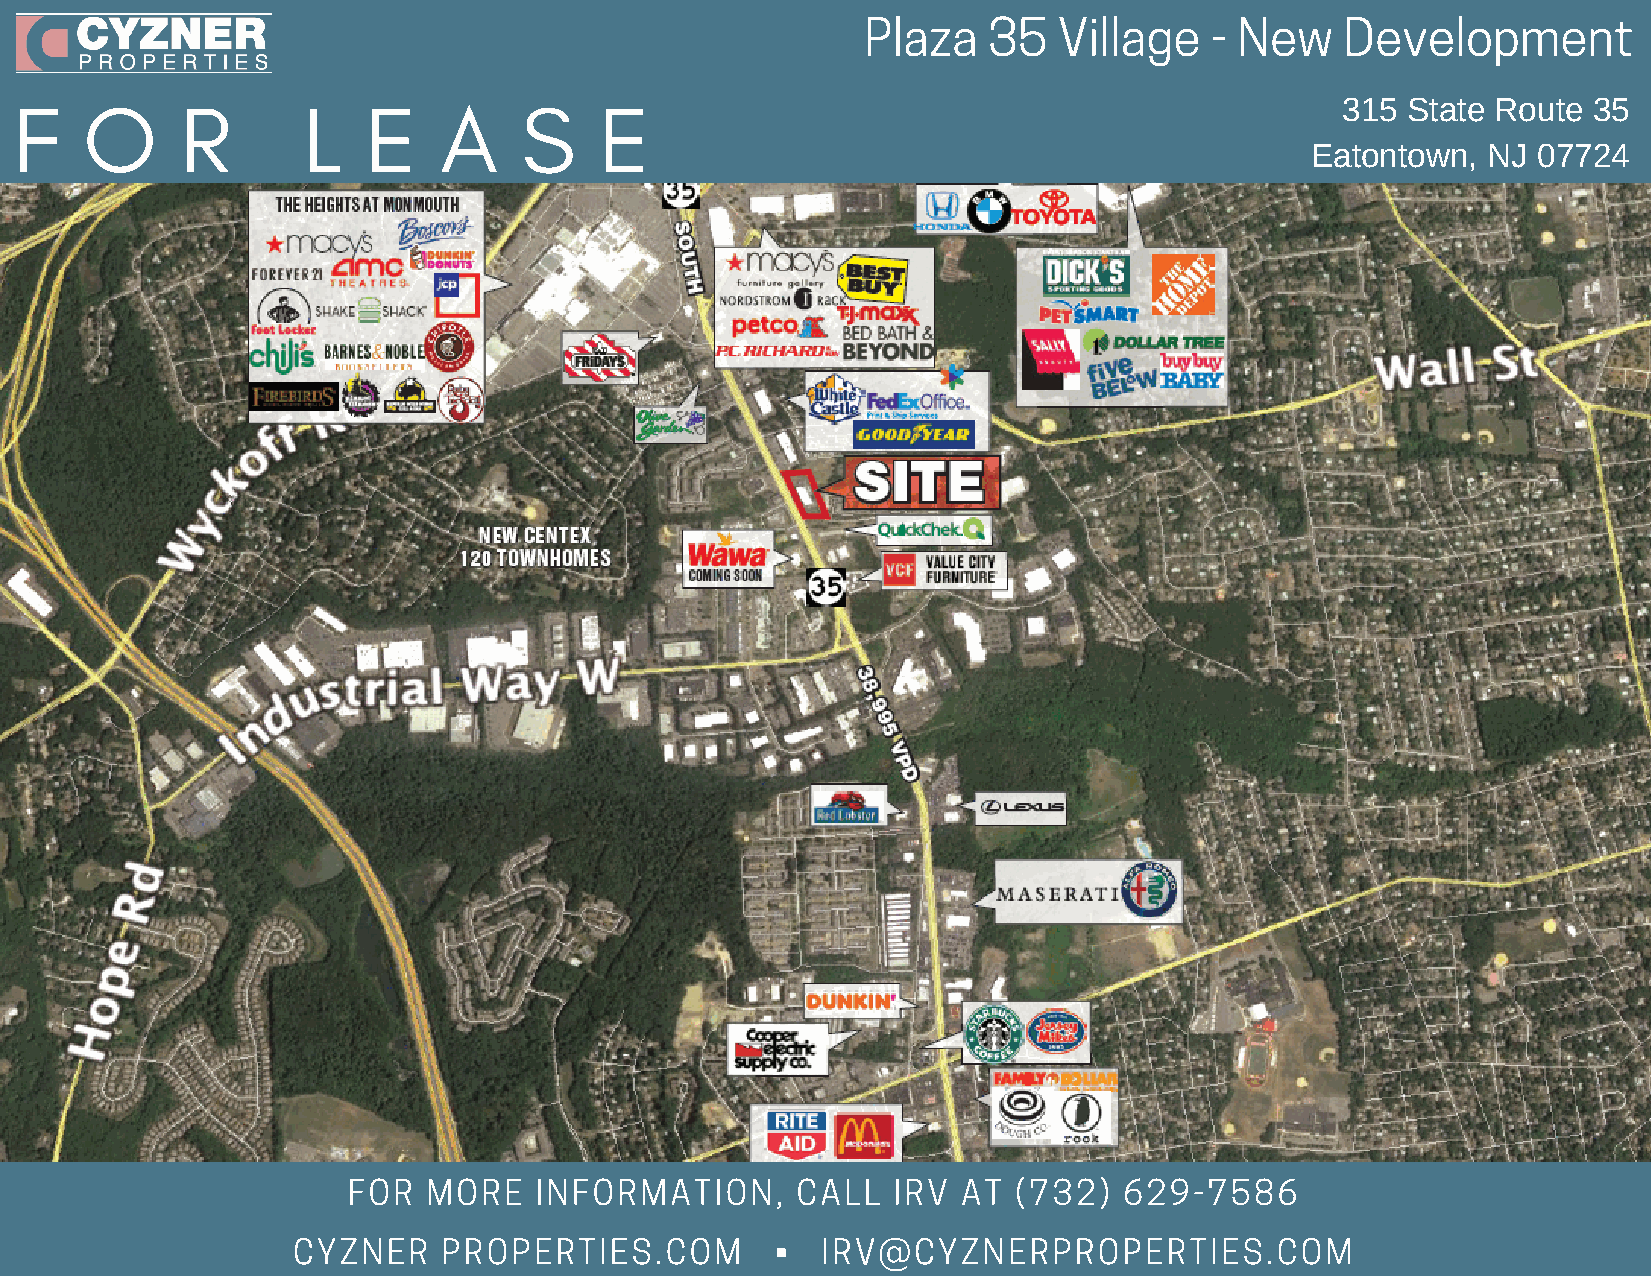
Plaza   35   Village   - New    Development
 F    O     R       L   E    A    S     E
 315 State Route 35
 Eatontown, NJ  07724
 FOR  MORE   INFORMATION,      CALL  IRV  AT (732)  629-7586
 CYZNER    PROPERTIES.COM        •  IRV@CYZNERPROPERTIES.COM